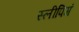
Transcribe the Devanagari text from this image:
स्लीपिगं